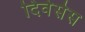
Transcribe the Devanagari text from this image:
दिवेर्सस